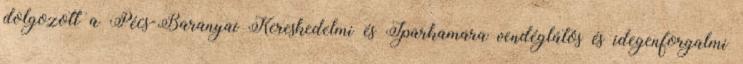
dolgozott a Pécs-Baranyai Kereskedelmi és Iparkamara vendéglátós és idegenforgalmi